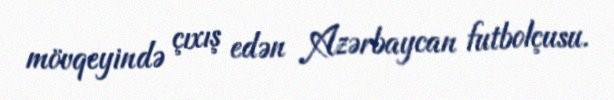
mövqeyində çıxış edən Azərbaycan futbolçusu.